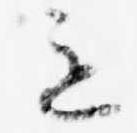
意